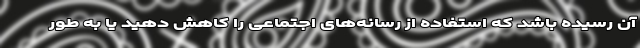
آن رسیده باشد که استفاده از رسانه‌های اجتماعی را کاهش دهید یا به طور